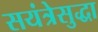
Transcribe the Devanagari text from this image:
सयंत्रेसुद्धा